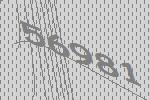
56981